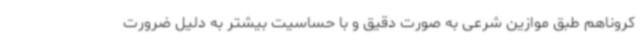
کروناهم طبق موازین شرعی به صورت دقیق و با حساسیت بیشتر به دلیل ضرورت